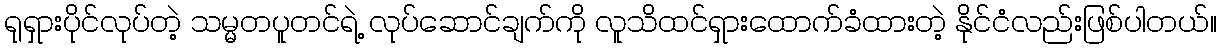
ရုရှားပိုင်လုပ်တဲ့ သမ္မတပူတင်ရဲ့ လုပ်ဆောင်ချက်ကို လူသိထင်ရှားထောက်ခံထားတဲ့ နိုင်ငံလည်းဖြစ်ပါတယ်။